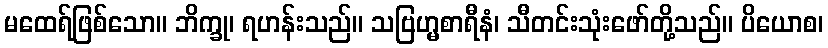
မထေရ်ဖြစ်သော။ ဘိက္ခု၊ ရဟန်းသည်။ သဗြဟ္မစာရီနံ၊ သီတင်းသုံးဖော်တို့သည်။ ပိယောစ၊